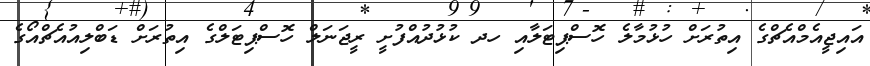
އައިޖީއެމްއެޗްގެ އިތުރަށް ހުޅުމާލެ ހޮސްޕިޓަލާއި ހދ ކުޅުދުއްފުށީ ރީޖަނަލް ހޮސްޕިޓަލްގެ އިތުރަށް ޑަބްލިއުއެޗްއޯގެ